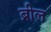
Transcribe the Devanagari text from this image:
ब्रील